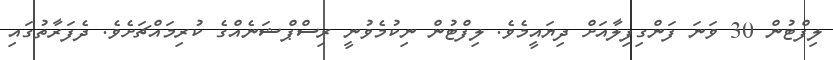
ލިފްޓުން 30 ވަނަ ފަންގިފިލާއަށް ދިޔައީމެވެ. ލިފްޓުން ނިކުމެވުނީ ރިސްޕްޝަނެއްގެ ކުރިމައްޗަށެވެ. ދެފަރާތުގައި